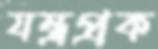
যন্ত্রপ্রক